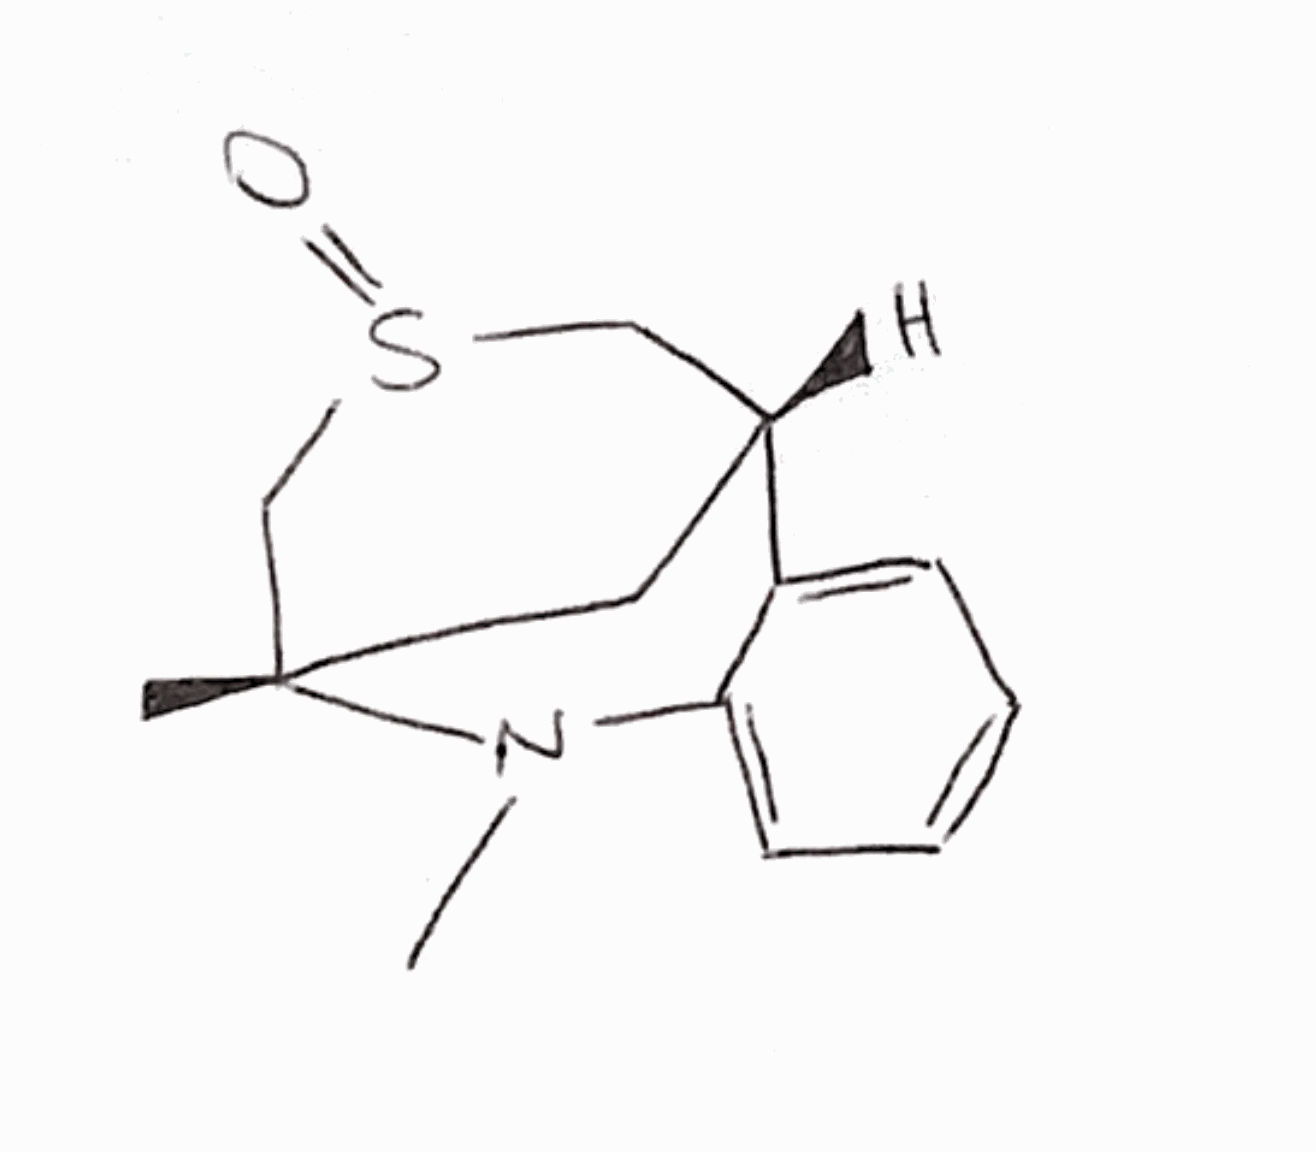
Simplified molecular-input line-entry system (SMILES) notation of the given molecule:
C[C@]12C[C@H](CS(=O)C1)C3=CC=CC=C3N2C